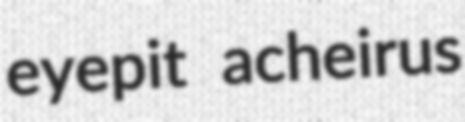
eyepit acheirus